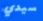
سيدي